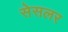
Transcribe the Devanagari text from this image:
सेसलर